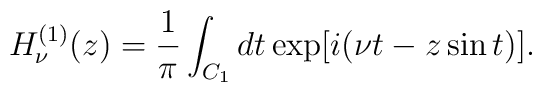
H_\nu^{(1)}(z) = \frac{1}{\pi}\int_{C_1}dt \exp[i(\nu t-z\sin t)].